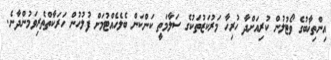
އިންތިޚާބުގެ ވޯޓުލުން ކުރިއަށްދާ ހުރިހާ މަރުކަޒުތަކުގެ ސަލާމަތީ ކަންކަން ބެލެހެއްޓުމަށް ފުލުހުން ހަރަކާތްތެރިވަމުންދާނެ.